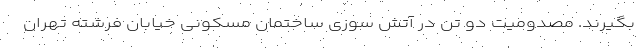
بگیرند. مصدومیت دو تن در آتش سوزی ساختمان مسکونی خیابان فرشته تهران